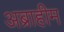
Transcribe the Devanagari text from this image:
अब्राहीम